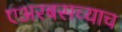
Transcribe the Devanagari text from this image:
एअरबसच्याच